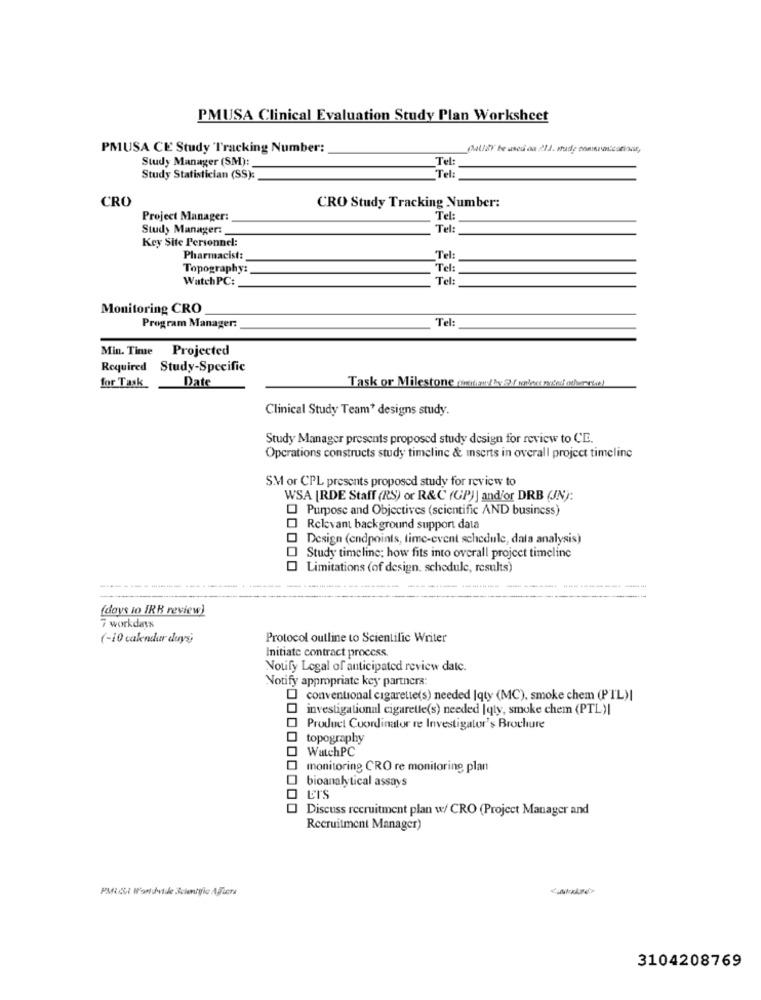
PMUSA Clinical Evaluation Study Plan Worksheet
PMUSA CE Study Tracking Number:
Study Manager (SM):
Tel:
Tel:
Study Statistician (SS):
CRO
CRO Study Tracking Number:
Project Manager:
Tel:
Study Manager:
Tel:
Key Site Personnel:
Pharmacist:
Tel:
Topography:
Tel:
Watch PC:
Tel:
Monitoring CRO
Tel:
Program Manager:
Min. Time
Projected
Required Study-Specific
Date
for Task
Task or Milestone (etter! by Of walest nice olurcte)
Clinical Study Team* designs study.
Study Manager presents proposed study design for review to CE.
Operations constructs study timeline & inserts in overall project timeline
SM or CPL presents proposed study for review to
WSA |RDE Staff (RS) or R&C (GP)] and/or DRB (JN):
Purpose and Objectives (scientific AND business)
1 Relevant background support data
Design (endpoints, time-event schedule, dala analysis)
Study timeline: how fits into overall project timeline
Limitations (of design, schedule, results)
(days io IRB review)
7 workdays
(-10 calendar duys)
Protocol outline to Scientific Writer
Initiate contract process
Notify Legal of anticipated review dalc.
Notify appropriate key partners
conventional cigarette(s) needed |qty (MC), smoke chem (PIL)|
investigational cigarette(s) needed | qly, smoke chem (PTL)|
Product Coordinator re Investigator's Brochure
topography
WatchPC
monitoring CRO re monitoring plan
bioanalytical assays
Ers
Discuss recruitment plan w/ CRO (Project Manager and
Recruitment Manager)
3104208769